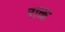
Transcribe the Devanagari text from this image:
राक्त